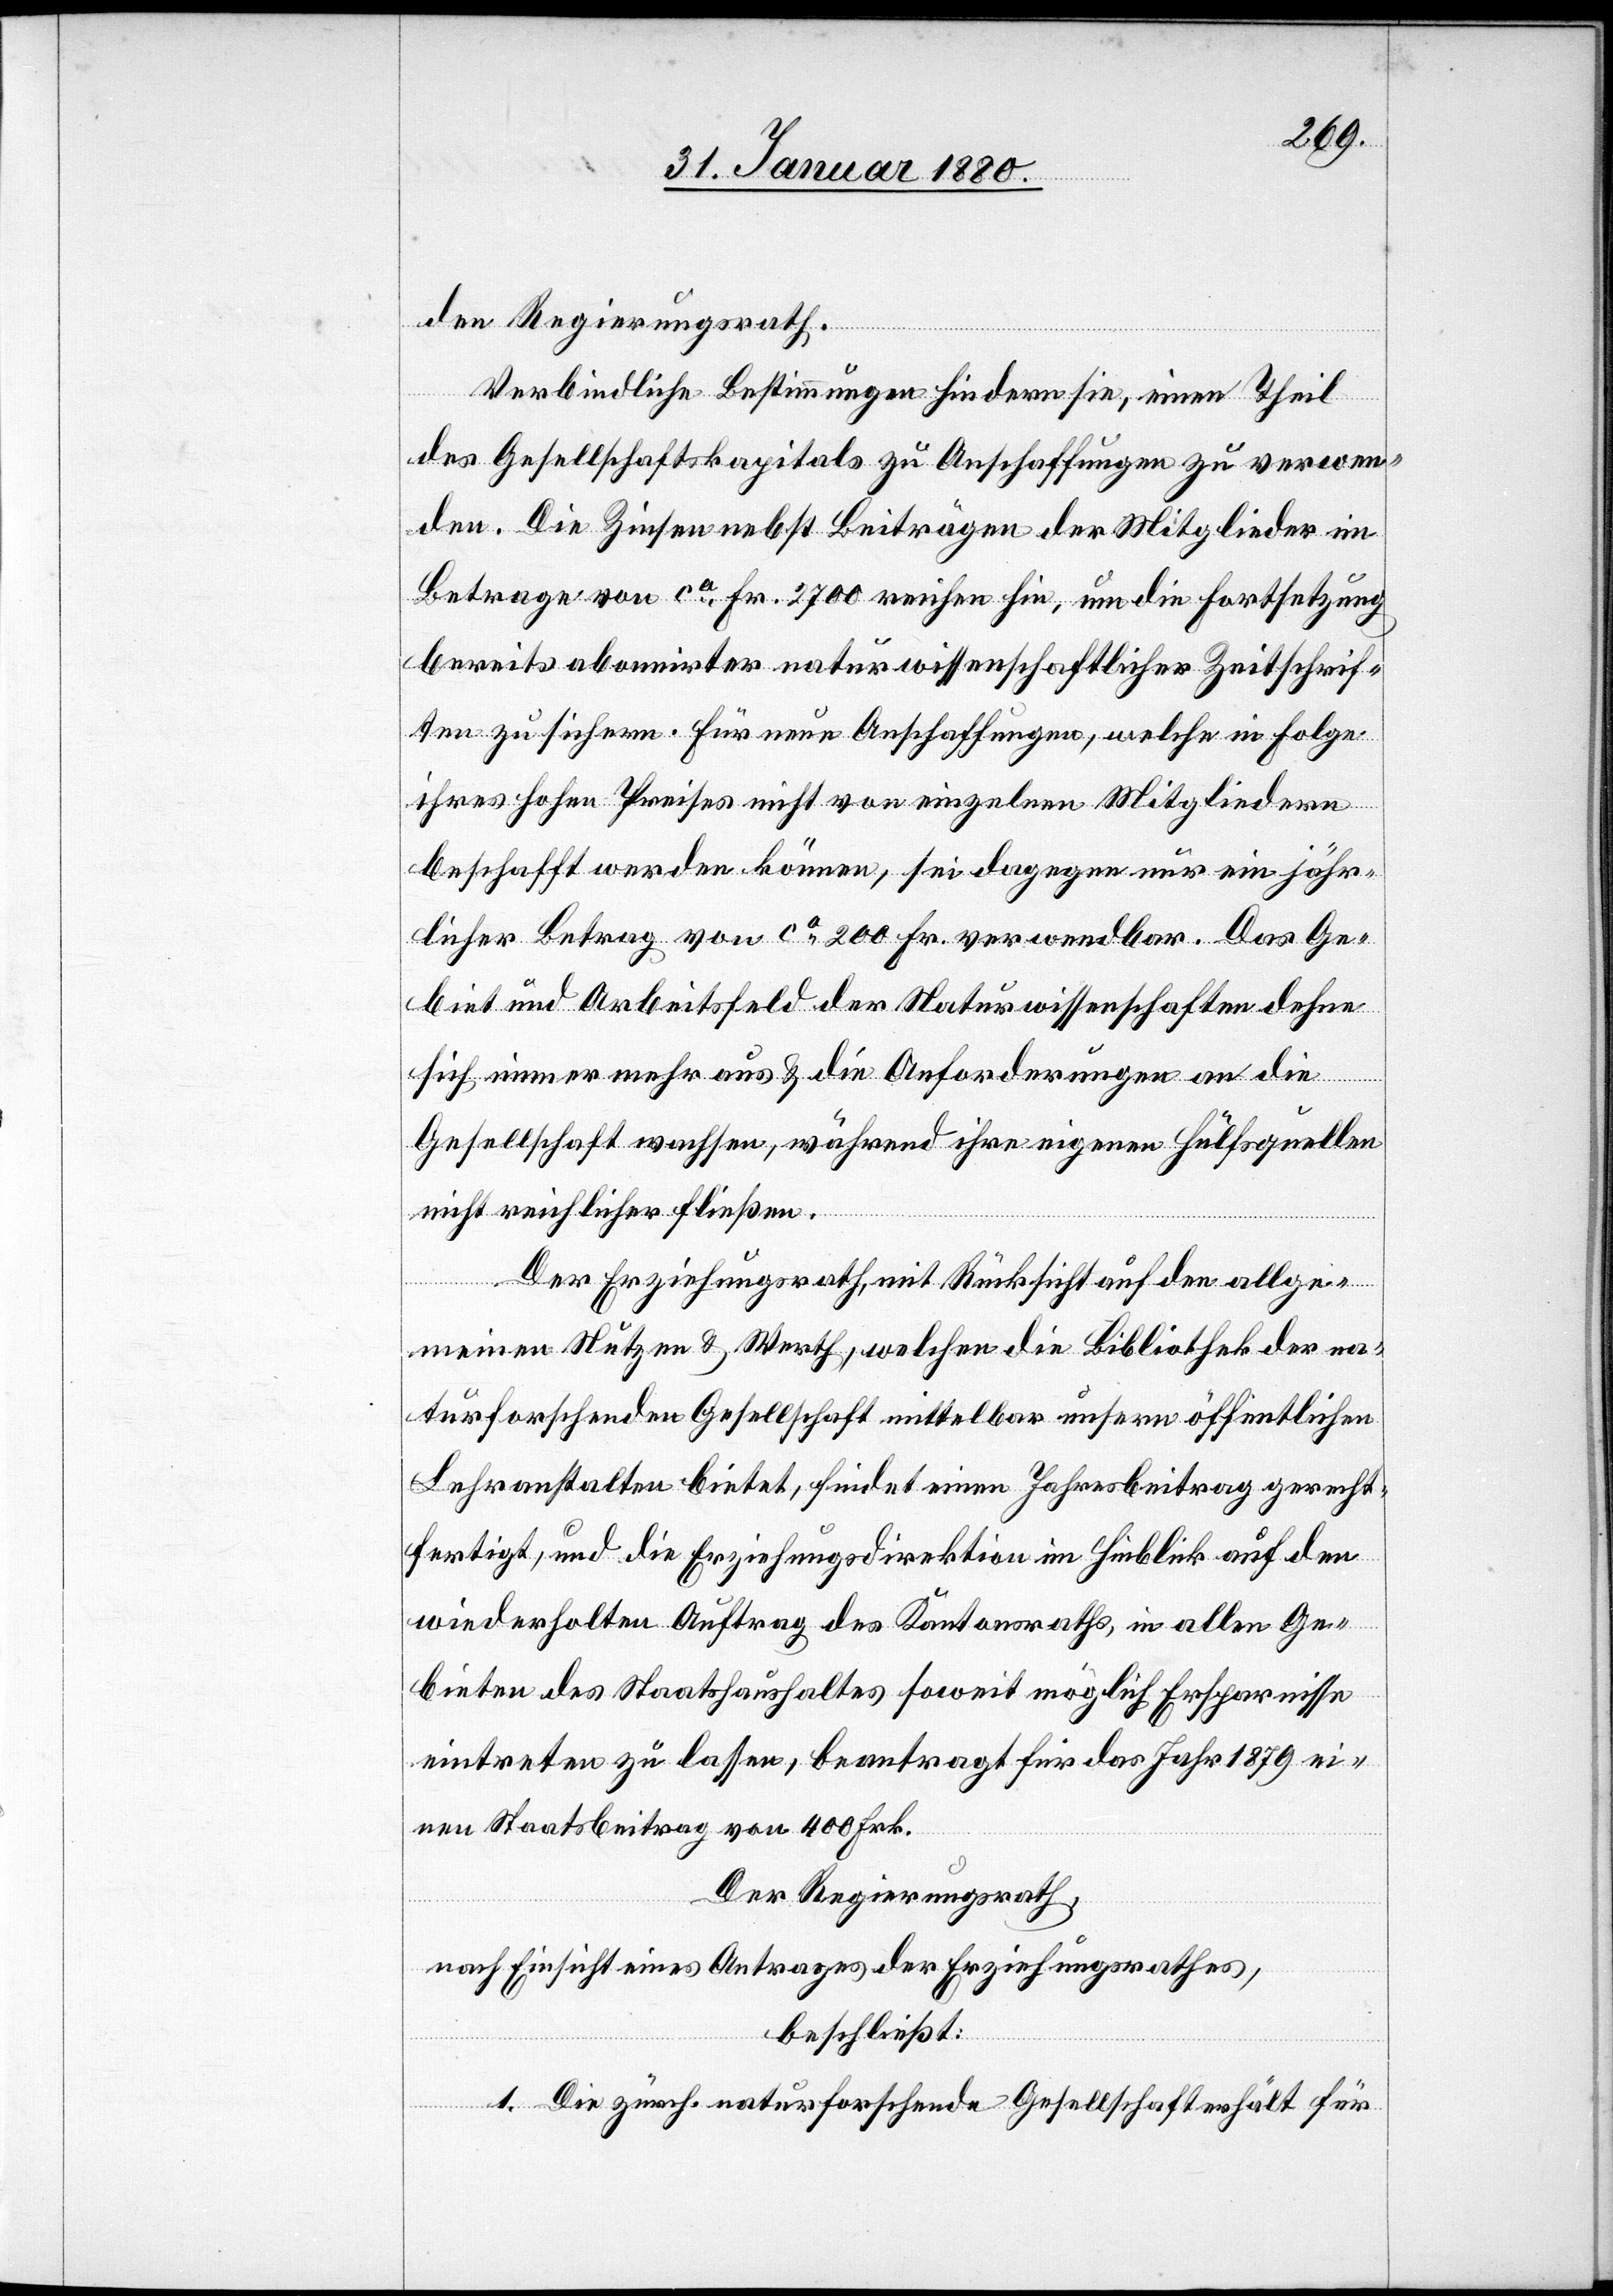
den Regierungsrath.
Verbindliche Bestimmungen hindern sie, einen Theil
des Gesellschaftskapitals zu Anschaffungen zu verwen¬
den. Die Zinsen nebst Beiträgen der Mitglieder im
Betrage von ca Fr. 2700 reichen hin, um die Fortsetzung
bereits abonnirter naturwissenschaftlicher Zeitschrif¬
ten zu sichern. Für neue Anschaffungen, welche in Folge
ihres hohen Preises nicht von einzelnen Mitgliedern
beschafft werden können, sei dagegen nur ein jähr¬
licher Betrag von ca 200 Fr. verwendbar. Das Ge¬
biet und Arbeitsfeld der Naturwissenschaften dehne
sich immer mehr aus & die Anforderungen an die
Gesellschaft wachsen, während ihre eigenen Hülfsquellen
nicht reichlicher fließen.
Der Erziehungsrath, mit Rücksicht auf den allge¬
meinen Nutzen & Werth, welchen die Bibliothek der na¬
turforschenden Gesellschaft mittelbar unsern öffentlichen
Lehranstalten bietet, findet einen Jahresbeitrag gerecht¬
fertigt, und die Erziehungsdirektion im Hinblick auf den
wiederholten Auftrag des Kantonsrathes, in allen Ge¬
bieten des Staatshaushaltes soweit möglich Ersparnisse
eintreten zu lassen, beantragt für das Jahr 1879 ei¬
nen Staatsbeitrag von 400 Frk.
Der Regierungsrath,
nach Einsicht eines Antrages der Erziehungsdirektion,
beschließt:
1. Die zürch. naturforschende Gesellschaft erhält für